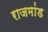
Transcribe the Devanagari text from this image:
राजमांड